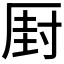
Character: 𠪆